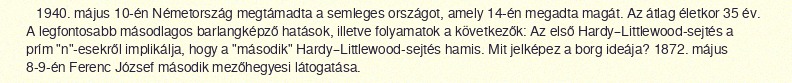
1940. május 10-én Németország megtámadta a semleges országot, amely 14-én megadta magát. Az átlag életkor 35 év. A legfontosabb másodlagos barlangképző hatások, illetve folyamatok a következők: Az első Hardy–Littlewood-sejtés a prím "n"-esekről implikálja, hogy a "második" Hardy–Littlewood-sejtés hamis. Mit jelképez a borg ideája? 1872. május 8-9-én Ferenc József második mezőhegyesi látogatása.